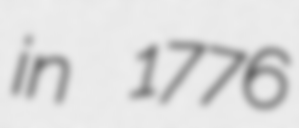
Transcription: in 1776